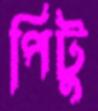
পিটু